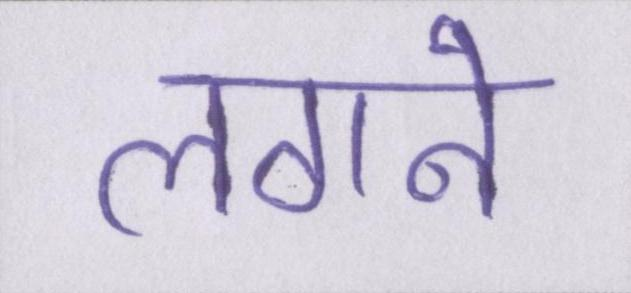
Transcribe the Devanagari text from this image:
लगने